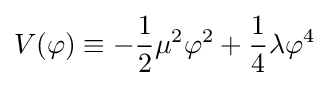
V(\varphi )\equiv -{\frac {1}{2}}\mu ^{2}\varphi ^{2}+{\frac {1}{4}}\lambda \varphi ^{4}